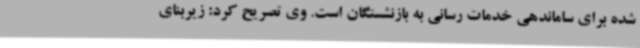
شده برای ساماندهی خدمات رسانی به بازنشستگان است. وی تصریح کرد: زیربنای